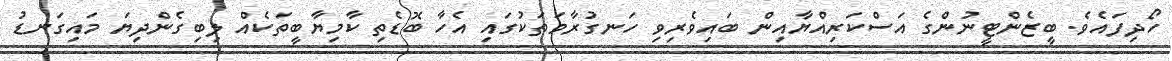
ހޯދިފައެވެ. ބީޒެންޓީނުންގެ އަސްކަރިއްޔާއިން ބައިވެރިވި ހަނގުރާމަތަކުގައި އެހާ ބޮޑެތި ކާމިޔާބީތަކެއް ލިބިގެންދިޔަ މައިގަނޑު